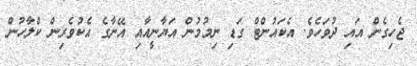
ޖެހިގެން އައި ދުވަހެވެ. އެކައުންޓް ގަޑި ނިމުމުން އަޔާނީއާއި އޭނާގެ އެކުވެރިން ކްލާހުން